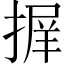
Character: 𭡱